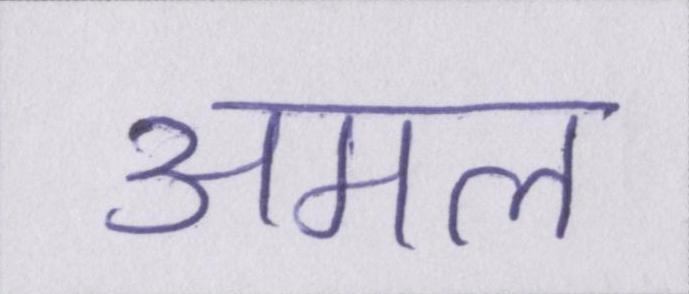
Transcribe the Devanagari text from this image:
अमल